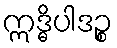
ဣဒ္ဓိပါဒဉ္စ